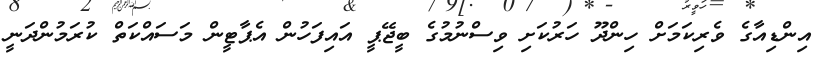
އިންޑިއާގެ ވެރިކަމަށް ހިންދޫ ހަރުކަށި ވިސްނުމުގެ ބީޖޭޕީ އައިފަހުން އެޕާޓީން މަސައްކަތް ކުރަމުންދަނީ